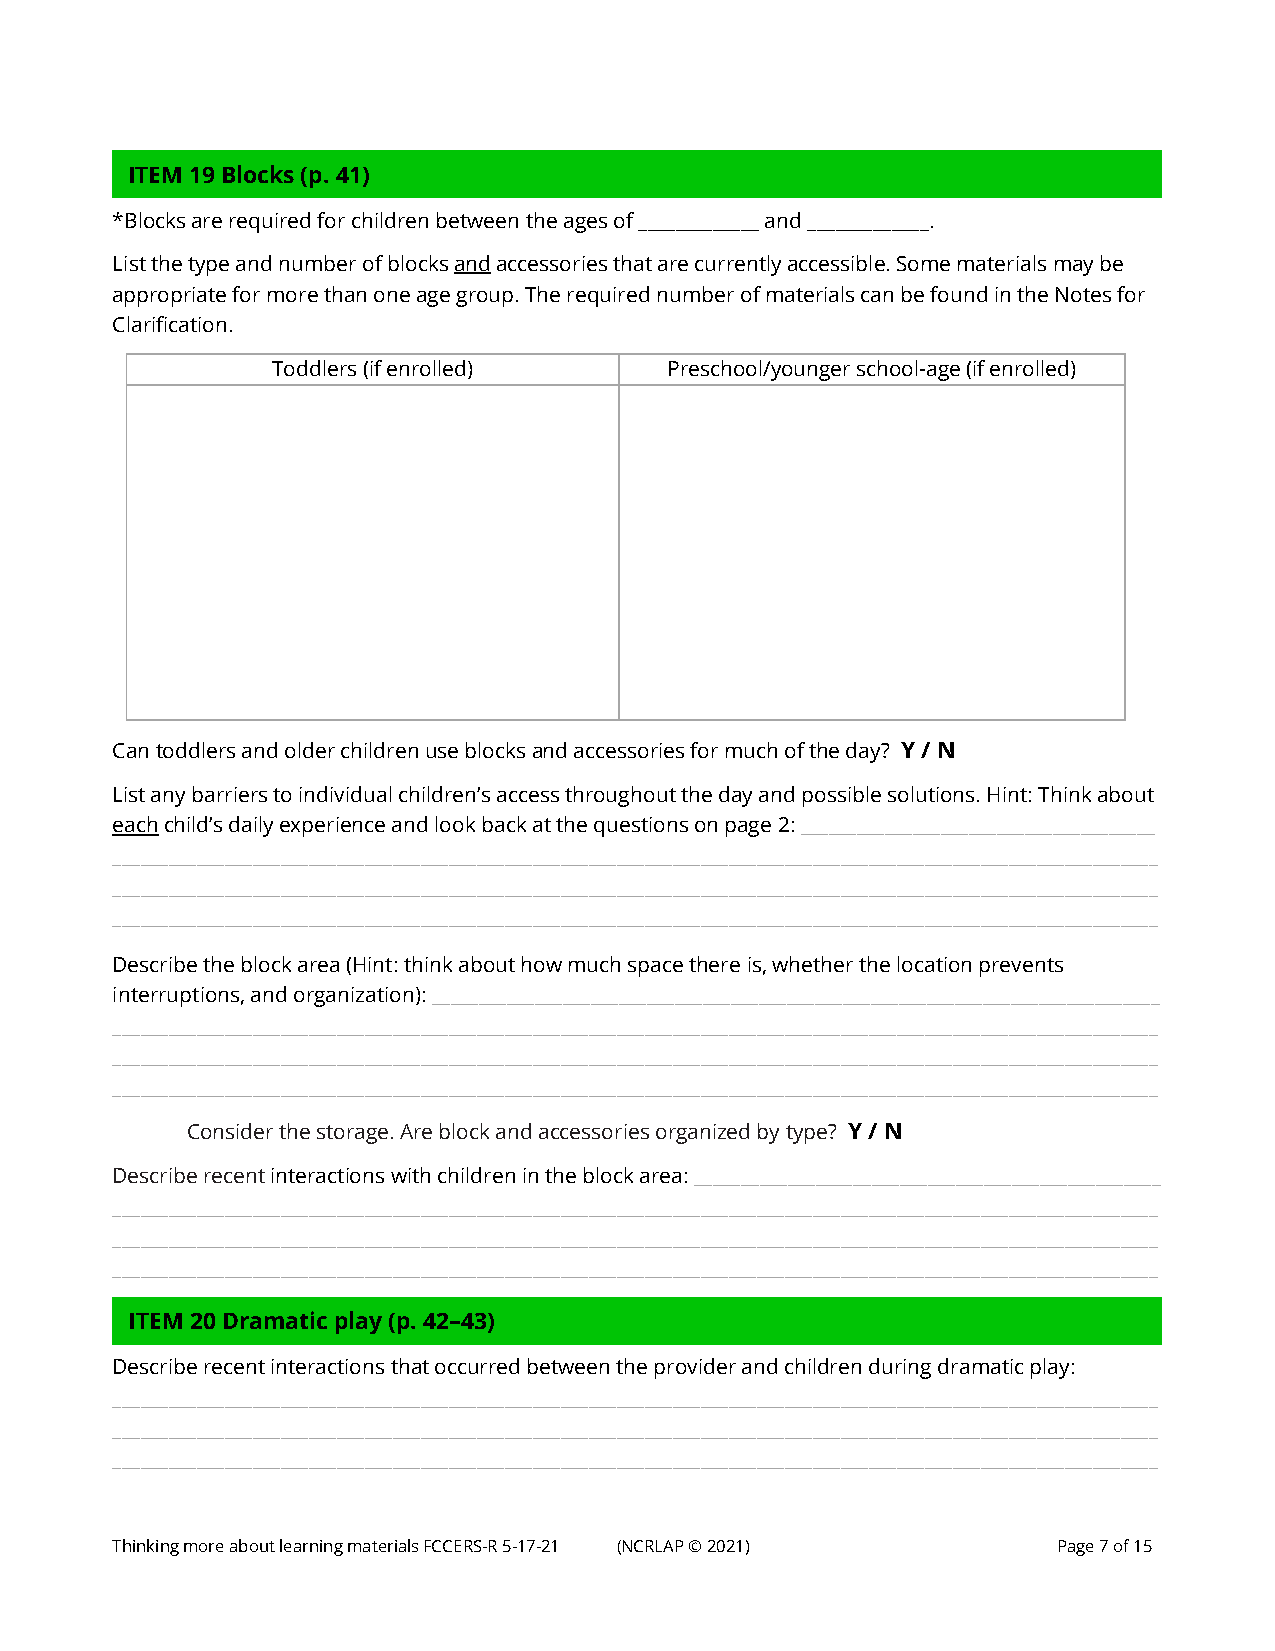
ITEM 19 Blocks (p. 41)
 *B locks are required for children between the ages of _____________ and _____________.
 List the type and number of blocks and accessories that are currently accessible. Some materials may be
 appropriate for more than one age group. The required number of materials can be found in the Notes for
 Clarification.
 Toddlers (if enrolled)    Preschool/younger school-age (if enrolled)
 Can toddlers and older children use blocks and accessories for much of the day? Y / N
 List any barriers to individual children’s access throughout the day and possible solutions. Hint: Think about
 each child’s daily experience and look back at the questions on page 2: ______________________________________
 ________________________________________________________________________________________________________________
 ________________________________________________________________________________________________________________
 ________________________________________________________________________________________________________________
 Describe the block area (Hint: think about how much space there is, whether the location prevents
 interruptions, and organization): ______________________________________________________________________________
 ________________________________________________________________________________________________________________
 ________________________________________________________________________________________________________________
 ________________________________________________________________________________________________________________
 Consider the storage. Are block and accessories organized by type? Y / N
 Describe recent interactions with children in the block area: __________________________________________________
 ________________________________________________________________________________________________________________
 ________________________________________________________________________________________________________________
 ________________________________________________________________________________________________________________
 ITEM 20 Dramatic play (p. 42–43)
 De scribe recent interactions that occurred between the provider and children during dramatic play:
 ________________________________________________________________________________________________________________
 ________________________________________________________________________________________________________________
 ________________________________________________________________________________________________________________
 Thinking more about learning materials FCCERS-R 5-17-21 (NCRLAP © 2021) Page 7 of 15